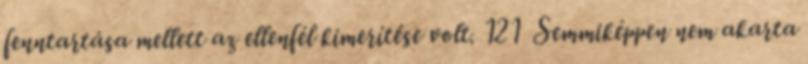
fenntartása mellett az ellenfél kimerítése volt. 121 Semmiképpen nem akarta